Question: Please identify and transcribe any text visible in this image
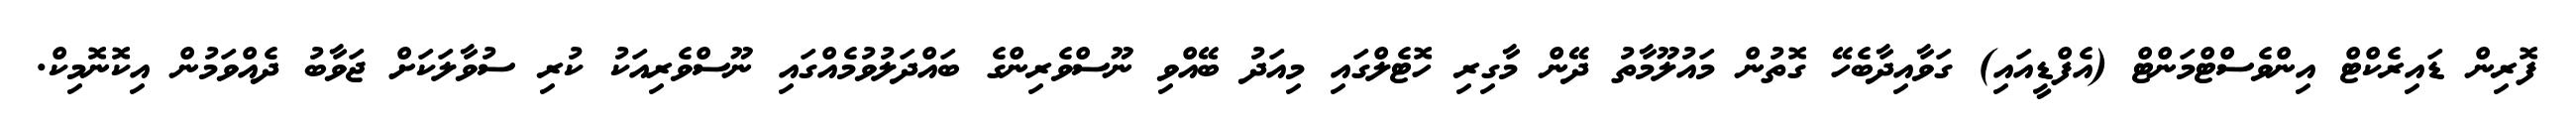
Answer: ފޮރިން ޑައިރެކްޓް އިންވެސްޓްމަންޓް (އެފްޑީއައި) ގަވާއިދާބެހޭ ގޮތުން މައުލޫމާތު ދޭން މާގިރި ހޮޓެލްގައި މިއަދު ބޭއްވި ނޫސްވެރިންގެ ބައްދަލުވުމެއްގައި ނޫސްވެރިއަކު ކުރި ސުވާލަކަށް ޖަވާބު ދެއްވަމުން އިކޮނޮމިކް.